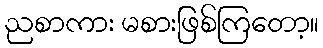
ညစာကား မစားဖြစ်ကြတော့။